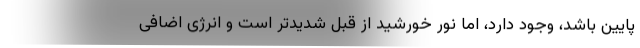
پایین باشد، وجود دارد، اما نور خورشید از قبل شدیدتر است و انرژی اضافی